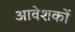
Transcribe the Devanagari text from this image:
आवेशकों